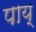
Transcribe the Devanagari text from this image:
पाय्